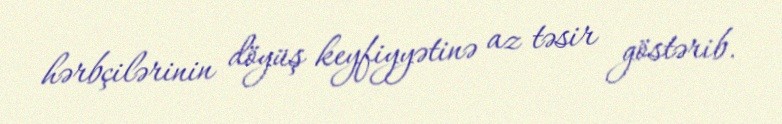
hərbçilərinin döyüş keyfiyyətinə az təsir göstərib.